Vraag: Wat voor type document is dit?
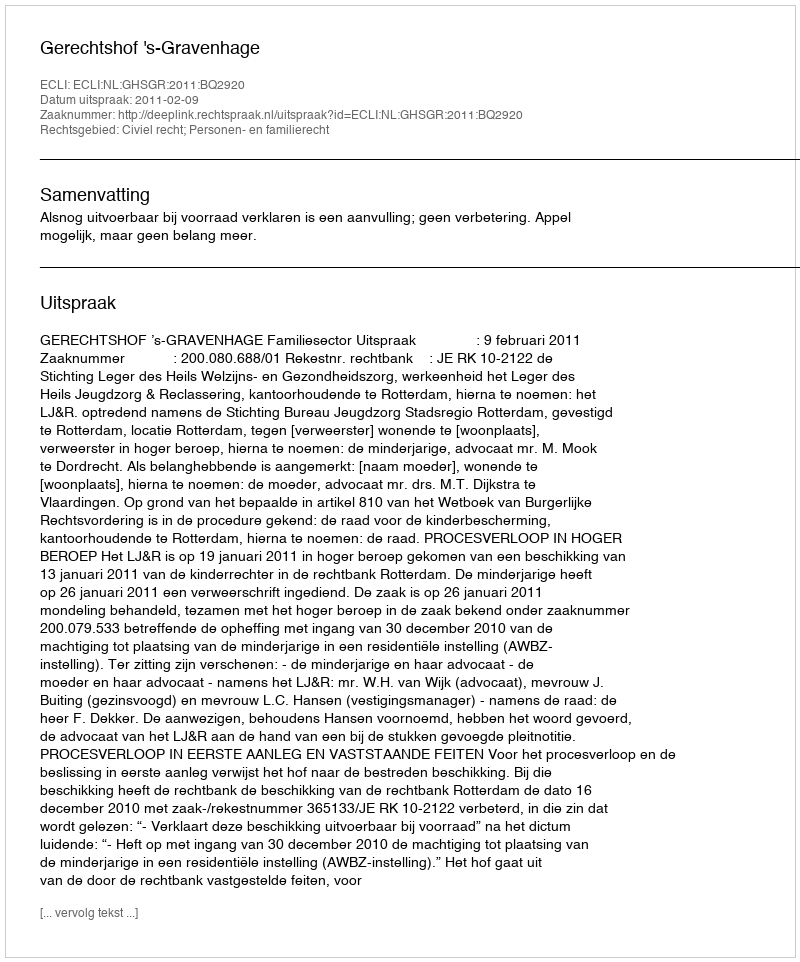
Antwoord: Uitspraak